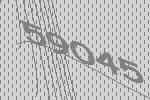
59045